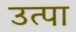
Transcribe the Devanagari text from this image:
उत्पा